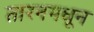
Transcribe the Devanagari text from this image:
तारनमधून